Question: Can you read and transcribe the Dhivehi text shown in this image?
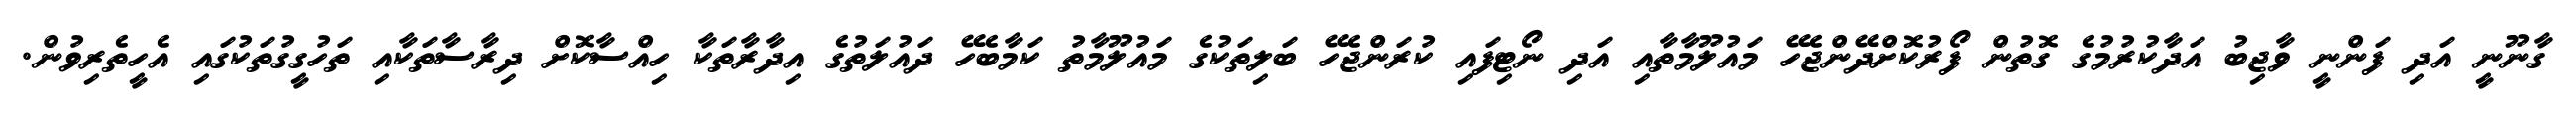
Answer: ގާނޫނީ އަދި ފަންނީ ވާޖިބު އަދާކުރުމުގެ ގޮތުން ފޯރުކޮށްދޭންޖެހޭ މައުލޫމާތާއި އަދި ނޯޓިފައި ކުރަންޖެހޭ ބަލިތަކުގެ މައުލޫމާތު ކަމާބެހޭ ދައުލަތުގެ އިދާރާތަކާ ހިއްސާކޮށް ދިރާސާތަކާއި ތަހުގީގުތަކުގައި އެހީތެރިވުން.